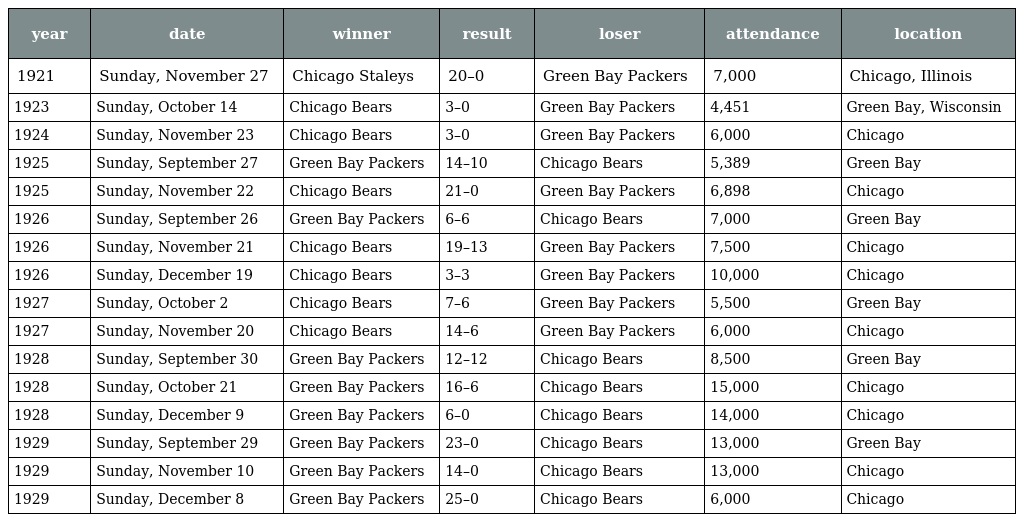
| year | date | winner | result | loser | attendance | location |
 | --- | --- | --- | --- | --- | --- | --- |
 | 1921 | Sunday, November 27 | Chicago Staleys | 20–0 | Green Bay Packers | 7,000 | Chicago, Illinois |
 | 1923 | Sunday, October 14 | Chicago Bears | 3–0 | Green Bay Packers | 4,451 | Green Bay, Wisconsin |
 | 1924 | Sunday, November 23 | Chicago Bears | 3–0 | Green Bay Packers | 6,000 | Chicago |
 | 1925 | Sunday, September 27 | Green Bay Packers | 14–10 | Chicago Bears | 5,389 | Green Bay |
 | 1925 | Sunday, November 22 | Chicago Bears | 21–0 | Green Bay Packers | 6,898 | Chicago |
 | 1926 | Sunday, September 26 | Green Bay Packers | 6–6 | Chicago Bears | 7,000 | Green Bay |
 | 1926 | Sunday, November 21 | Chicago Bears | 19–13 | Green Bay Packers | 7,500 | Chicago |
 | 1926 | Sunday, December 19 | Chicago Bears | 3–3 | Green Bay Packers | 10,000 | Chicago |
 | 1927 | Sunday, October 2 | Chicago Bears | 7–6 | Green Bay Packers | 5,500 | Green Bay |
 | 1927 | Sunday, November 20 | Chicago Bears | 14–6 | Green Bay Packers | 6,000 | Chicago |
 | 1928 | Sunday, September 30 | Green Bay Packers | 12–12 | Chicago Bears | 8,500 | Green Bay |
 | 1928 | Sunday, October 21 | Green Bay Packers | 16–6 | Chicago Bears | 15,000 | Chicago |
 | 1928 | Sunday, December 9 | Green Bay Packers | 6–0 | Chicago Bears | 14,000 | Chicago |
 | 1929 | Sunday, September 29 | Green Bay Packers | 23–0 | Chicago Bears | 13,000 | Green Bay |
 | 1929 | Sunday, November 10 | Green Bay Packers | 14–0 | Chicago Bears | 13,000 | Chicago |
 | 1929 | Sunday, December 8 | Green Bay Packers | 25–0 | Chicago Bears | 6,000 | Chicago |